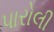
પારોલી